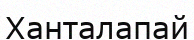
Ханталапай